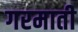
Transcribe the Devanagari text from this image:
गरमाती